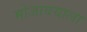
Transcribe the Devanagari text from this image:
मोजावयाला